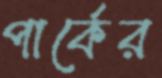
পার্কের